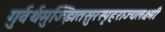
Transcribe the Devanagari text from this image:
गुर्वर्थमुज्झितसुरस्पृहराज्यलक्ष्मीः